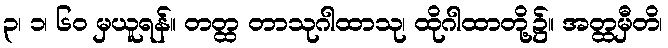
၃၊ ၁၊ ၆၀ မှယူရန်။ တတ္ထ တာသုဂါထာသု၊ ထိုဂါထာတို့၌။ အတ္ထမှီတိ၊